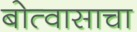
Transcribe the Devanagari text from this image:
बोत्वासाचा